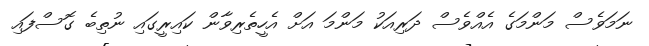
ނަމަވެސް މަންމަގެ އެއްވެސް ދަރިއަކު މަންމަ އަށް އެހީތެރިވާން ކައިރީގައި ނުތިބެ ގޮސްފައި